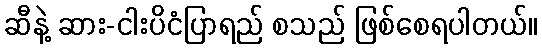
ဆီနဲ့ ဆား-ငါးပိငံပြာရည် စသည် ဖြစ်စေရပါတယ်။